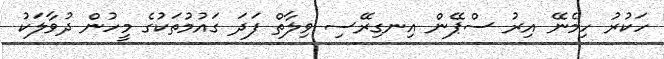
ހަކުރު ހިމެނޭ އިރު ސްޕޭން އިނގިރޭސި ވިލާތް ފަދަ ގައުމުތަކުގެ މީހުން ދުވާލަކު